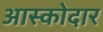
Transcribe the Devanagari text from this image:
आस्कोदार